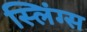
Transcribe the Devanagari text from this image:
स्लिंग्स